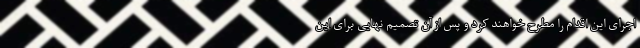
اجرای این اقدام را مطرح خواهند کرد و پس از آن تصمیم نهایی برای این